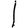
Digit: 1